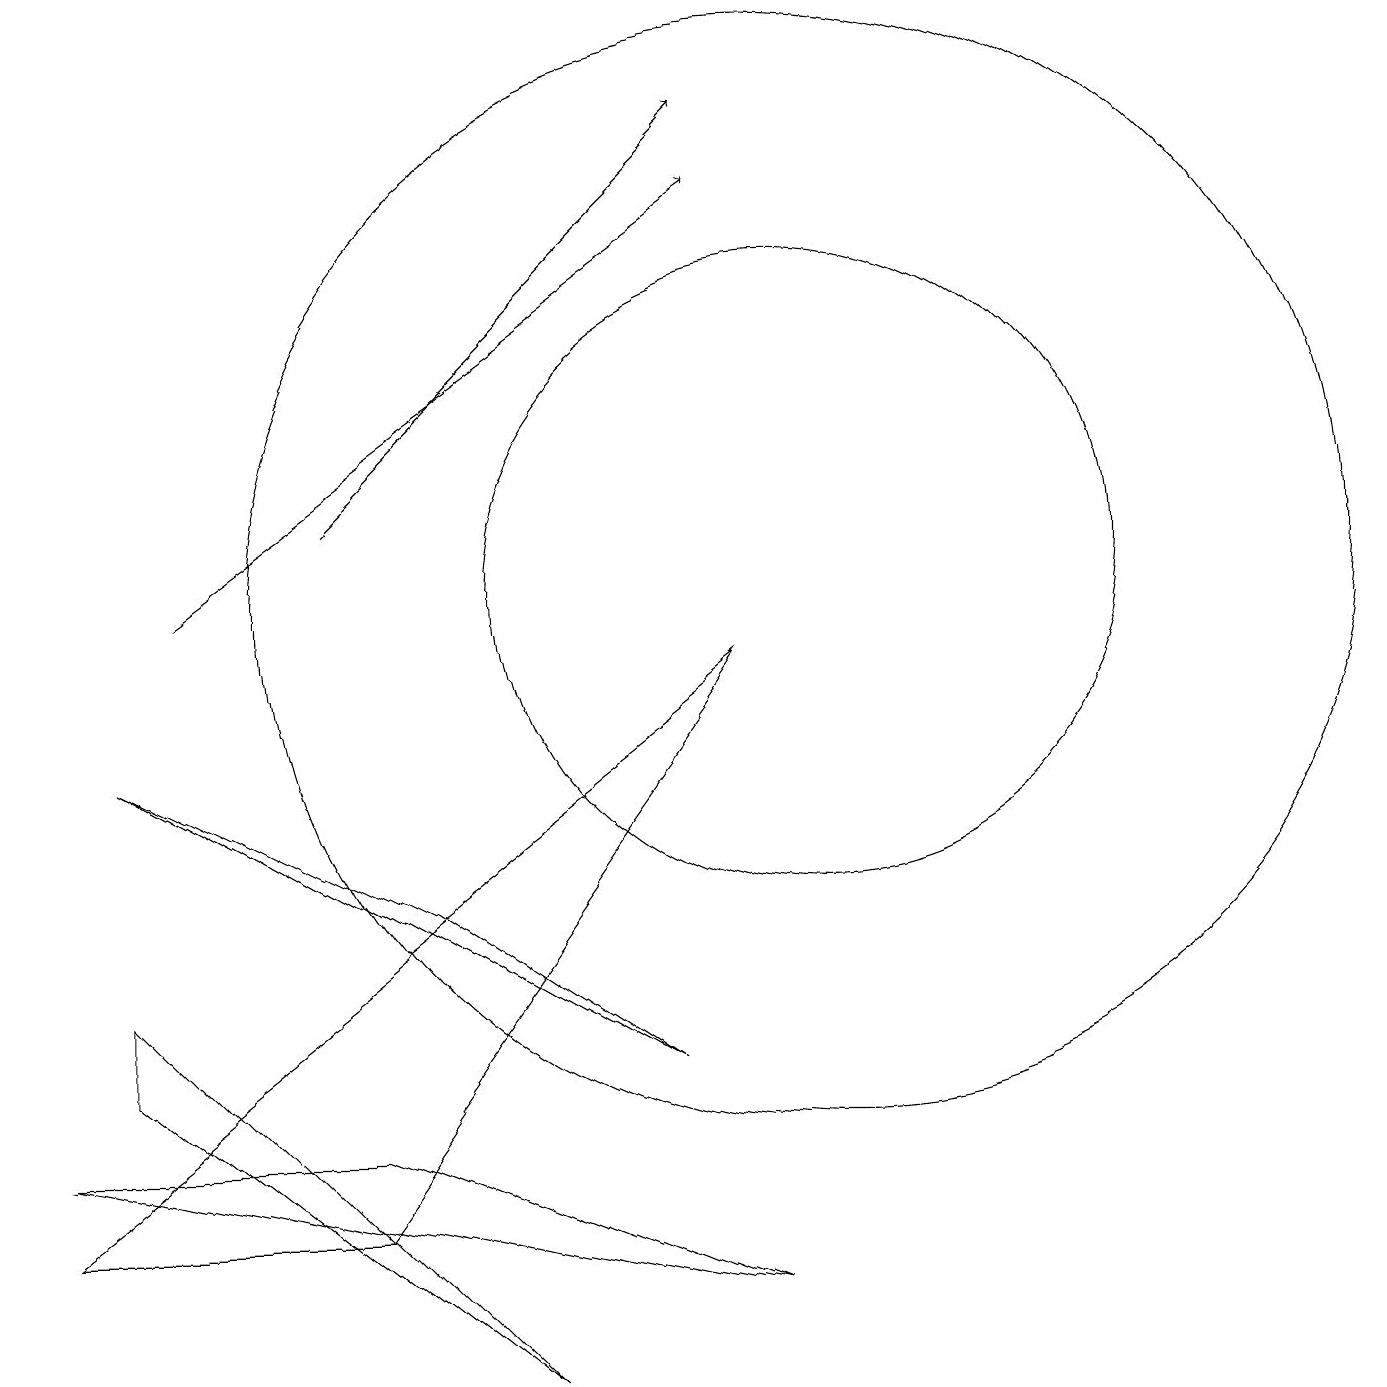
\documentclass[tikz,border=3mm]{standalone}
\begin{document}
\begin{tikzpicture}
\draw (5,6) -- (1,8) -- (8,4) -- cycle;
\draw (9,9) -- (0,2) -- (4,2) -- cycle;
\draw (4,3) -- (0,3) -- (9,1) -- cycle;
\draw[->] (2,10) -- (9,15);
\draw (6,0) -- (1,4) -- (1,5) -- cycle;
\draw (10,10) circle (4);
\draw (10,10) circle (7);
\draw[->] (4,11) -- (9,16);
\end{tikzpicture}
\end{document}